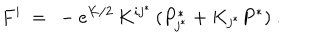
LaTeX: F ^ { i } \ = \ - e ^ { K / 2 } \, K ^ { i j ^ { * } } \, ( P _ { j ^ { * } } ^ { * } + K _ { j ^ { * } } P ^ { * } ) ~ .